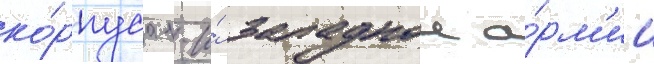
ко́рпуса 1-и́ западнои а́рм'ии